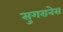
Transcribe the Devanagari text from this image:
सुगरानेस